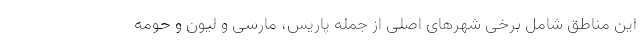
این مناطق شامل برخی شهرهای اصلی از جمله پاریس، مارسی و لیون و حومه